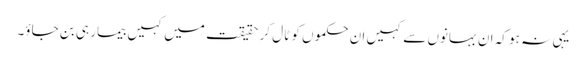
یہی نہ ہو کہ ان بہانوں سے کہیں ان حکموں کو ٹال کر حقیقت میں کہیں بیمار ہی بن جاؤ۔